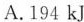
A.194kj